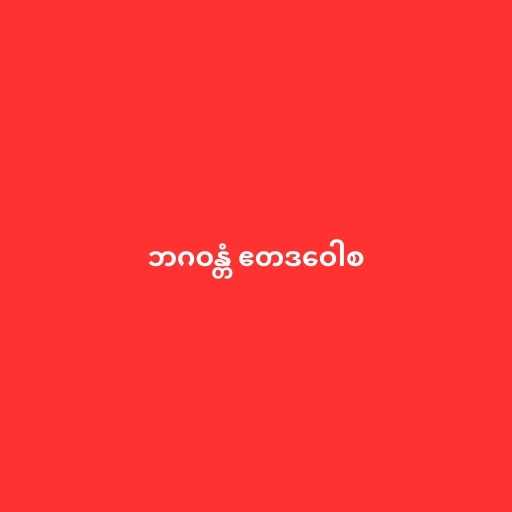
ဘဂဝန္တံ ဧတဒဝေါစ